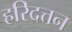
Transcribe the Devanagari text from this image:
हरिदत्तन